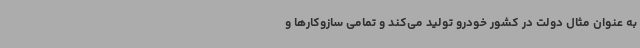
به عنوان مثال دولت در کشور خودرو تولید می‌کند و تمامی سازوکارها و